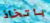
باتخاذ